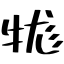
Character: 牻